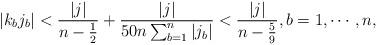
LaTeX: \begin{align*}|k_bj_b|<\frac{|j|}{n-\frac12}+\frac{|j|}{50n\sum_{b=1}^n|j_b|}<\frac{|j|}{n-\frac59},b=1,\cdots,n,\end{align*}